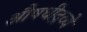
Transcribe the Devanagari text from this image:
औषधीद्रव्ये